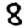
Digit: 8